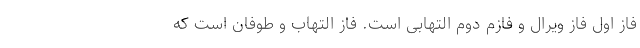
فاز اول فاز ویرال و فازم دوم التهابی است. فاز التهاب و طوفان است که